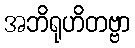
အဘိရုဟိတဗ္ဗာ